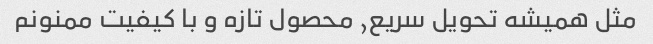
مثل همیشه تحویل سریع, محصول تازه و با کیفیت ممنونم